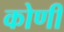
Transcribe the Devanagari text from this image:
कोणीं